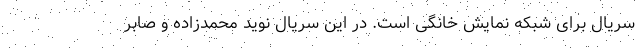
سریال برای شبکه نمایش خانگی است. در این سریال نوید محمدزاده و صابر